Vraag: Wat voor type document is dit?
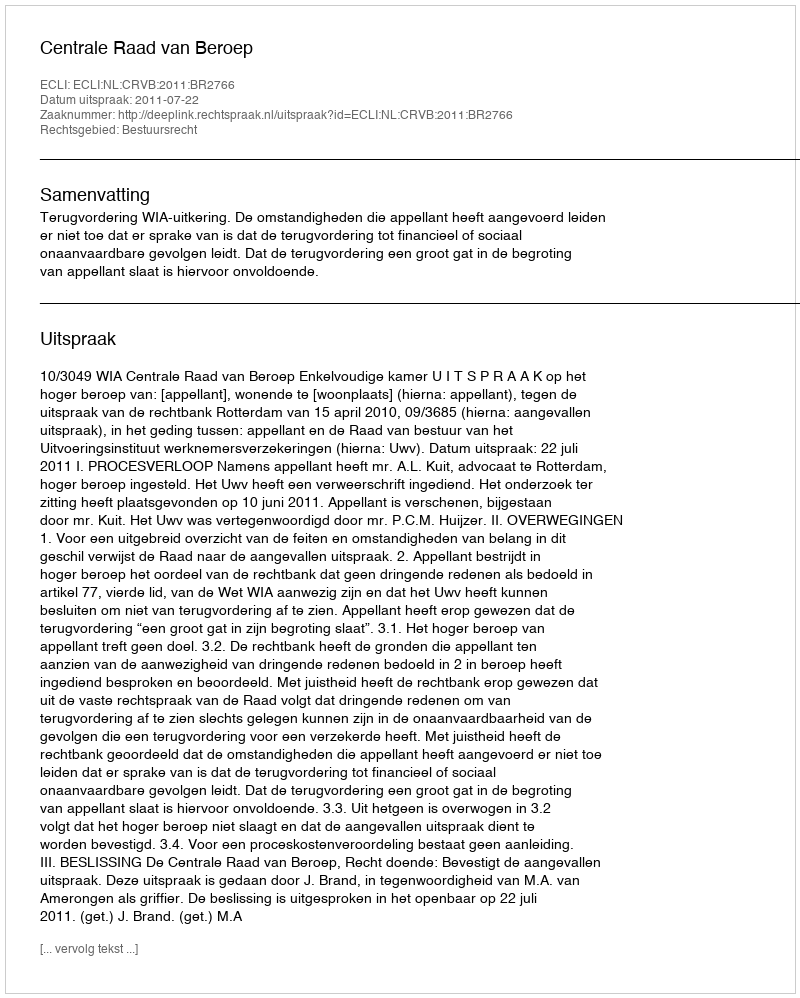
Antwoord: Uitspraak